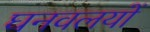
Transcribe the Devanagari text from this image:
घनवलयों